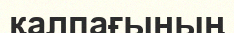
қалпағының